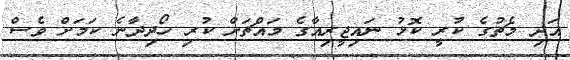
އަދި މެޗުގެ ކުރީ ކޮޅު ނައިޖީރިއާގެ މައްޗަށް ކުރި ހޯދިދާނެ ކަމަށް ވެސް